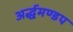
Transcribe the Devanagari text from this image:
अर्द्धमण्डप